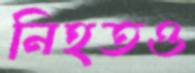
নিহতও